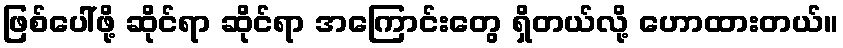
ဖြစ်ပေါ်ဖို့ ဆိုင်ရာ ဆိုင်ရာ အကြောင်းတွေ ရှိတယ်လို့ ဟောထားတယ်။